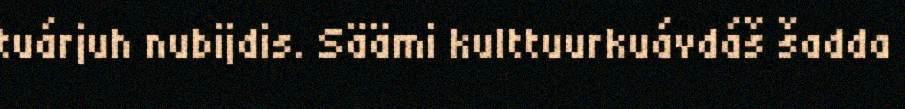
tuárjuh nubijdis. Säämi kulttuurkuávdáš šadda